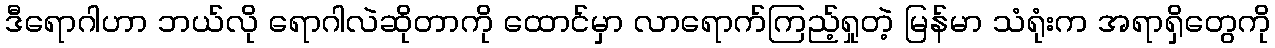
ဒီရောဂါဟာ ဘယ်လို ရောဂါလဲဆိုတာကို ထောင်မှာ လာရောက်ကြည့်ရှုတဲ့ မြန်မာ သံရုံးက အရာရှိတွေကို